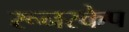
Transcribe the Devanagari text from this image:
रूनस्केप